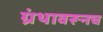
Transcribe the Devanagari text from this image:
ग्रंथावरूनच